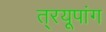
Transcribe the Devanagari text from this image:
त््रयूपांग